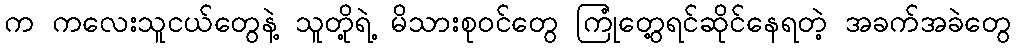
က ကလေးသူငယ်တွေနဲ့ သူတို့ရဲ့ မိသားစုဝင်တွေ ကြုံတွေ့ရင်ဆိုင်နေရတဲ့ အခက်အခဲတွေ